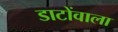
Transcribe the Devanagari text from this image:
डाटोंवाला